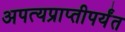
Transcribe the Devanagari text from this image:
अपत्यप्राप्तीपर्यंत